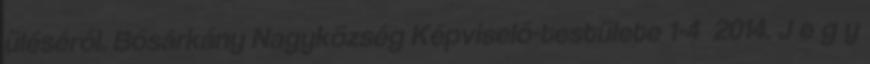
üléséről. Bősárkány Nagyközség Képviselő-testülete 1-4 2014. J e g y